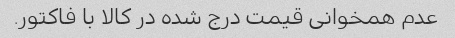
عدم همخوانی قیمت درج شده در کالا با فاکتور.